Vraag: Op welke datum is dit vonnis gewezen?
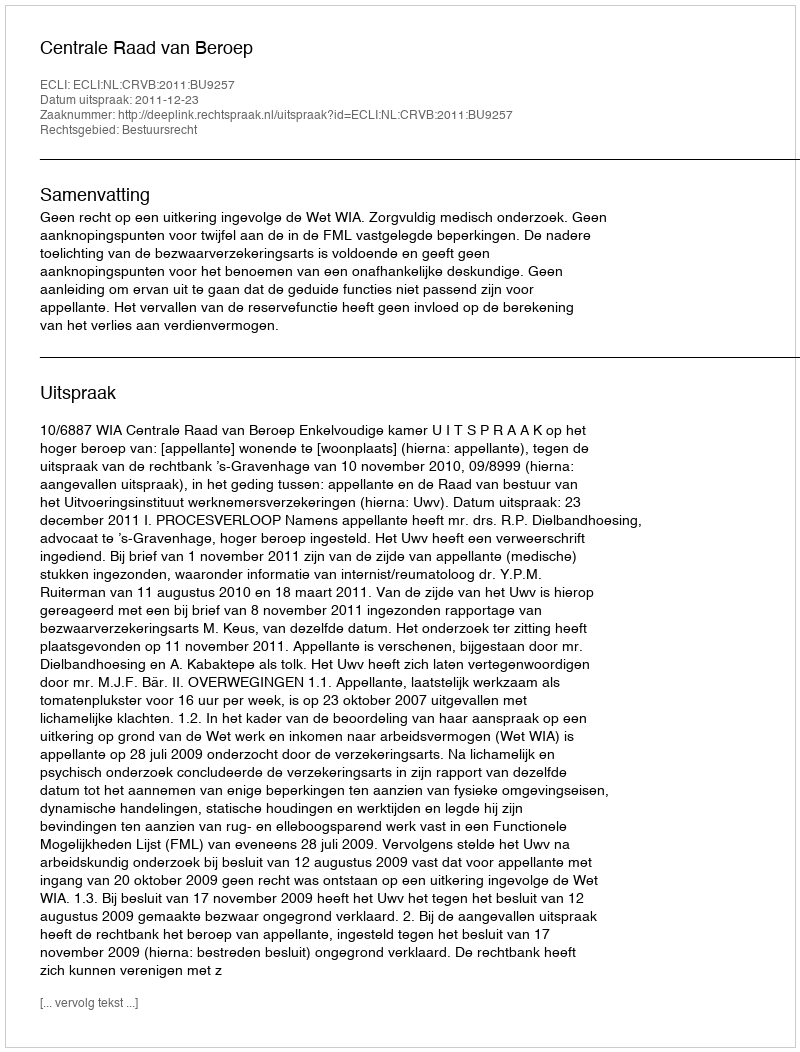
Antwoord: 2011-12-23